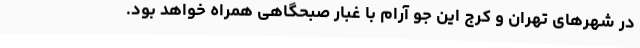
در شهرهای تهران و کرج این جو آرام با غبار صبحگاهی همراه خواهد بود.